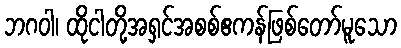
ဘဂဝါ၊ ထိုငါတို့အရှင်အစစ်ဧကန်ဖြစ်တော်မူသော